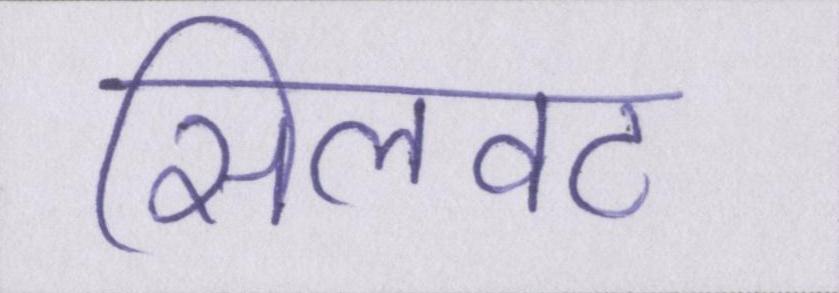
सिलवट